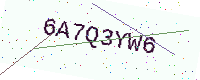
Text: 6A7Q3YW6